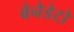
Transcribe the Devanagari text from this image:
बेनेडेटो